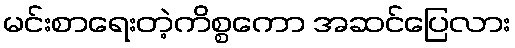
မင်းစာရေးတဲ့ကိစ္စကော အဆင်ပြေလား